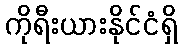
ကိုရီးယားနိုင်ငံရှိ